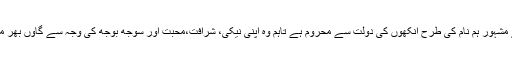
سور داس اپنے مشہور ہم نام کی طرح آنکھوں کی دولت سے محروم ہے تاہم وہ اپنی نیکی، شرافت،محبت اور سوجھ بوجھ کی وجہ سے گاؤں بھر میں مشہور ہے۔